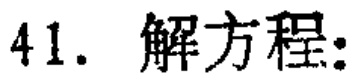
41. 解方程: